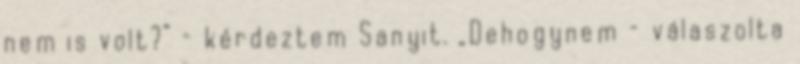
nem is volt?” – kér­deztem Sanyit. „Dehogynem – válaszolta